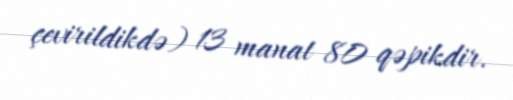
çevirildikdə) 13 manat 80 qəpikdir.